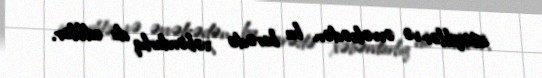
istəyiblər və əvvəlcədən bu barədə xəbərdarlıq da ediblər.